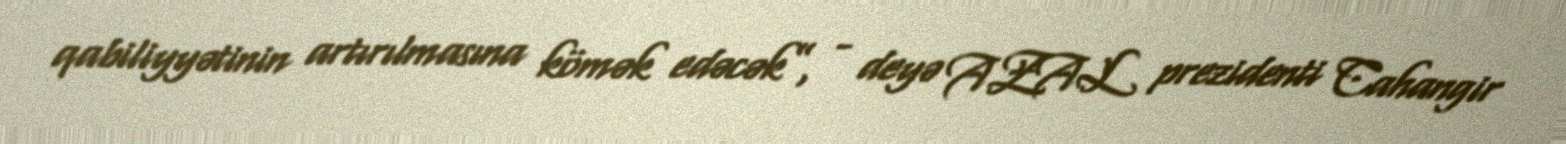
qabiliyyətinin artırılmasına kömək edəcək”, - deyə AZAL prezidenti Cahangir